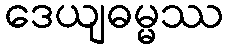
ဒေယျဓမ္မဿ